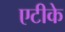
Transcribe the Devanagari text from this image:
एटीके